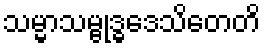
သမ္မာသမ္ဗုဒ္ဓဒေသိတေတိ